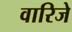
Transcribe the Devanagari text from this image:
वारिजे